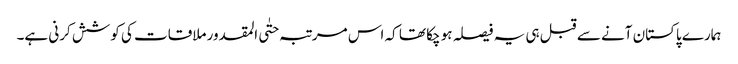
ہمارے پاکستان آنے سے قبل ہی یہ فیصلہ ہو چکا تھا کہ اس مرتبہ حتٰی المقدور ملاقات کی کوشش کرنی ہے۔